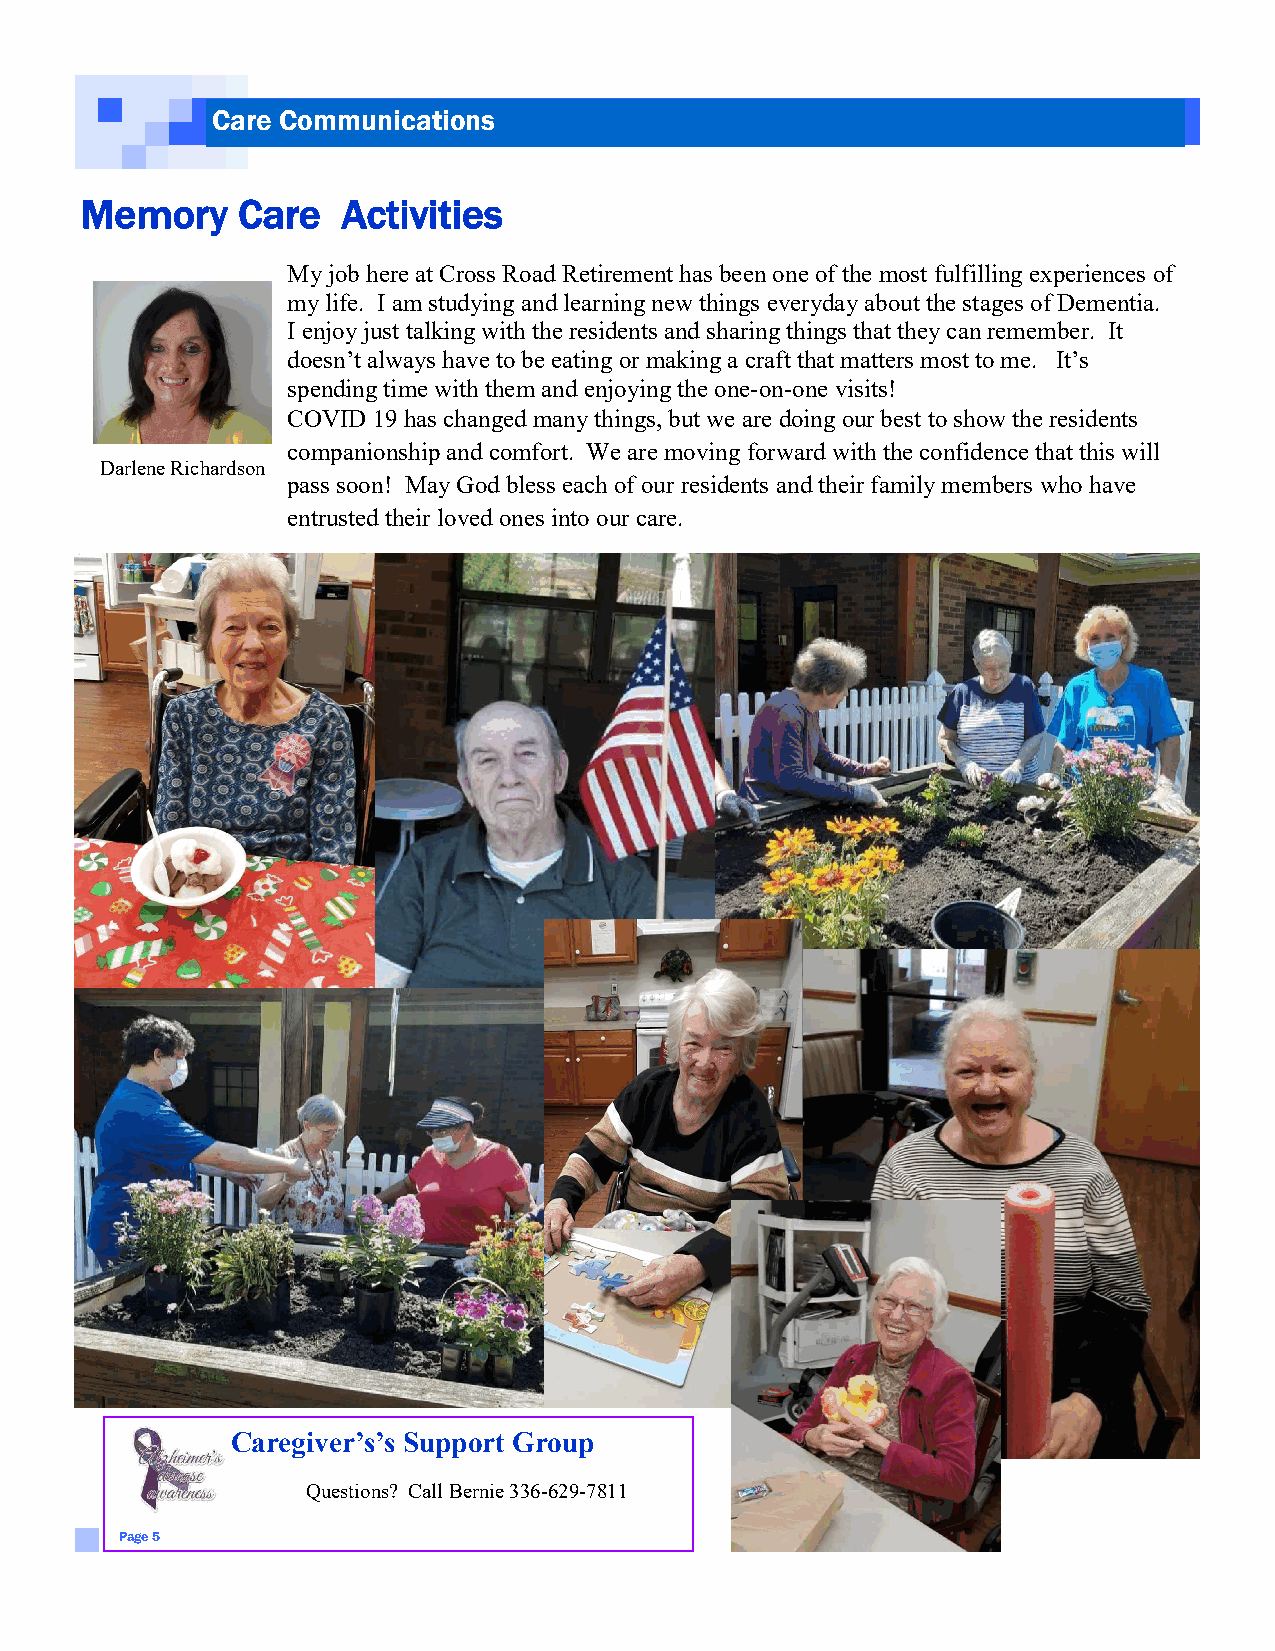
Care Communications
 Memory     Care   Activities
 My job here at Cross Road Retirement has been one of the most fulfilling experiences of
 my life. I am studying and learning new things everyday about the stages of Dementia.
 I enjoy just talking with the residents and sharing things that they can remember. It
 doesn’t always have to be eating or making a craft that matters most to me. It’s
 spending time with them and enjoying the one-on-one visits!
 COVID 19 has changed many things, but we are doing our best to show the residents
 companionship and comfort. We are moving forward with the confidence that this will
 Darlene Richardson
 pass soon! May God bless each of our residents and their family members who have
 entrusted their loved ones into our care.
 Caregiver’s’s Support Group
 Questions? Call Bernie 336-629-7811
 Page 5